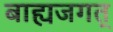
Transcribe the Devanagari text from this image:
बाह्यजगत्‌